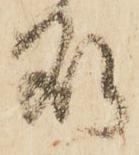
処